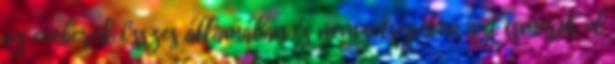
az emberek összes államában és nemzetségében azt ismerik el